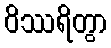
ဝိဿရိတွာ